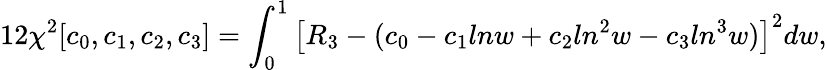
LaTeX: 12\chi^{2}[c_{0},c_{1},c_{2},c_{3}]=\int_{0}^{1}\left[R_{3}-(c_{0}-c_{1}lnw+c_{2}ln^{2}w-c_{3}ln^{3}w)\right]^{2}dw,